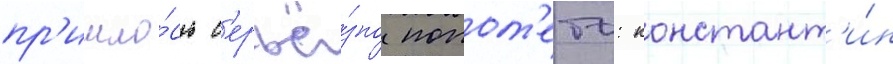
пр'ишло́сь с'ерьё́зно попот'еть: констант'и́н